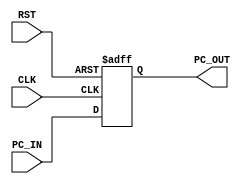
//-----------------------------------------------------------------------

// Module: Program Counter


// Description: updating the pc with every clk


//----------------------------------------------------------------------


module Program_Counter #(
  
//-----------------------------------------------------------------------
//                    Parameters Decleration   
//-----------------------------------------------------------------------

parameter PC_WIDTH = 32              //initialize a parameter variable with value 32

)

(
//-----------------------------------------------------------------------
//                        Port Decleration   
//-----------------------------------------------------------------------

input  wire  [PC_WIDTH-1:0]  PC_IN,
input  wire                  RST,
input  wire                  CLK,
output reg   [PC_WIDTH-1:0]  PC_OUT
);
  
  
  always@(posedge CLK or negedge RST)
  
  begin 
    if(!RST)
      
     PC_OUT <= 'b0 ;
     
   else 
     
     PC_OUT <= PC_IN ;
     
    end
  
  
endmodule